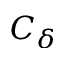
C _ { \delta }